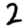
Digit: 2